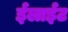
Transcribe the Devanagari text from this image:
ईलाईट